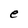
Character: e